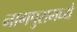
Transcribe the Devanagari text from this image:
नागपुरामध्ये